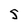
Character: s